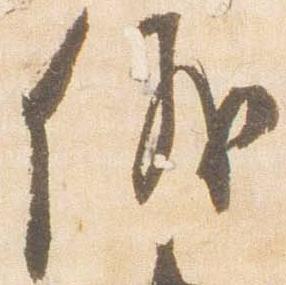
儀